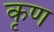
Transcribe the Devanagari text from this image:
कृण